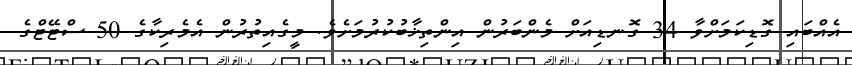
އެއްބައި ގޮޑިކަމަށްވާ 34 ގޮނޑިއަށް މެންބަރުން އިންތިޚާބުކުރުމަށެވެ. މީގެއިތުރުން އެމެރިކާގެ 50 ސްޓޭޓްގެ